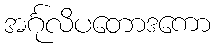
အင်္ဂုလိပတောဒကော